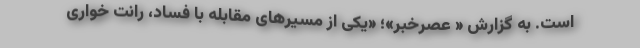
است. به گزارش « عصرخبر»؛ «یکی از مسیرهای مقابله با فساد، رانت خواری